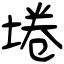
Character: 埢